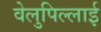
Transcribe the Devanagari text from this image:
वेलुपिल्लाई